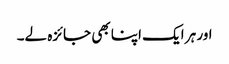
اور ہر ایک اپنا بھی جائزہ لے۔